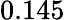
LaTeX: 0.145